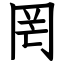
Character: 罔